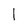
Character: l